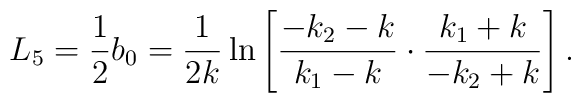
L_5 = \frac{1}{2}b_0 =\frac{1}{2k}\ln\left[\frac{-k_2-k}{k_1-k}\cdot\frac{k_1+k}{-k_2+k}\right].